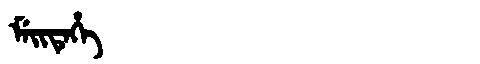
Manchu: ᠮᡝᡳᡨᡝᡥᡝ
Romanization: MEITEHE